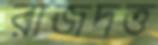
রাজদত্ত